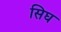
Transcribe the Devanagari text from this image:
सिघ